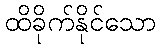
ထိခိုက်နိုင်သော